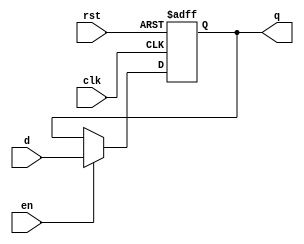
// D Flip-Flop

`timescale 1ns/10ps
module dff(clk, rst, en, d, q);
    input clk, rst, en;
    input[15:0] d;
    output reg[15:0] q;

    always @(posedge clk or posedge rst) begin
        if(rst)
            q <= 16'b0000;
        else if(en)
            q <= d;
    end
endmodule